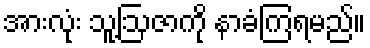
အားလုံး သူ့ဩဇာကို နာခံကြရမည်။